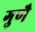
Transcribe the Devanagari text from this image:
गुणै